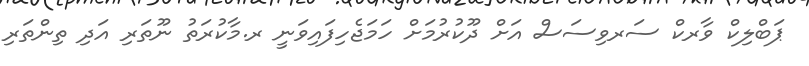
ޕަބްލިކް ވާރކް ސަރވިސަސް އަށް ދޫކުރުމަށް ހަމަޖެހިފައިވަނީ ރ.މާކުރަތު ނޫތަރި އަދި ތިންތަރި